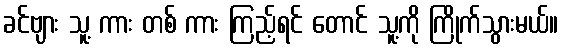
ခင်ဗျား သူ့ ကား တစ် ကား ကြည့်ရင် တောင် သူ့ကို ကြိုက်သွားမယ်။